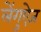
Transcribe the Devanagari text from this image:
लेंगुऐज